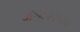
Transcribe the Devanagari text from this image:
जनविकास